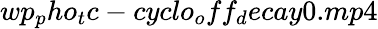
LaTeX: wp_{p}ho_{t}c-cyclo_{o}ff_{d}ecay0.mp4